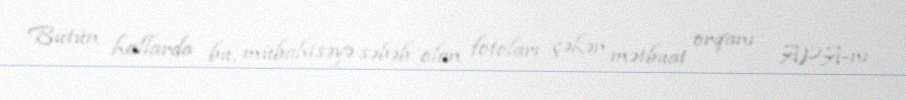
Bütün hallarda bu, mübahisəyə səbəb olan fotoları çəkən mətbuat orqanı - APA-nı